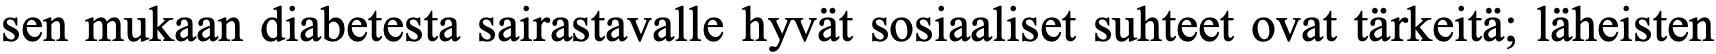
sen mukaan diabetesta sairastavalle hyvät sosiaaliset suhteet ovat tärkeitä; läheisten